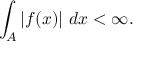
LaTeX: \int _ { A } \left| f ( x ) \right| \, d x < \infty .